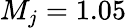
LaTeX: M_{j}=1.05